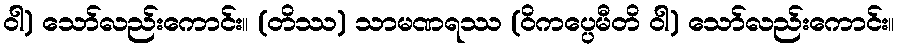
ဝါ) သော်လည်းကောင်း။ (တိဿ) သာမဏရဿ (ဝိကပ္ပေမီတိ ဝါ) သော်လည်းကောင်း။